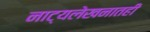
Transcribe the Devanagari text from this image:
नाट्यलेखनातही